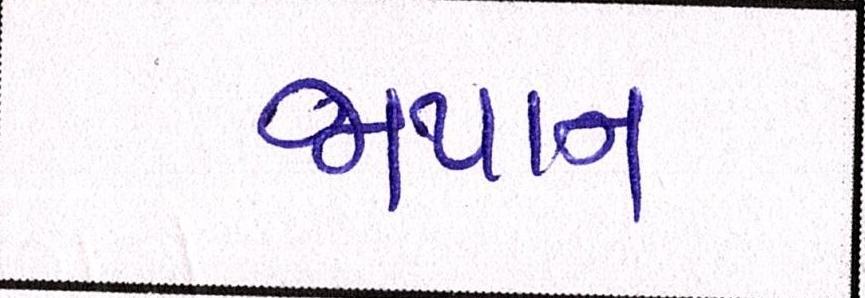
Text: જાપાનઃ